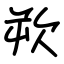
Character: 欮